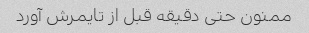
ممنون حتی دقیقه قبل از تایمرش آورد